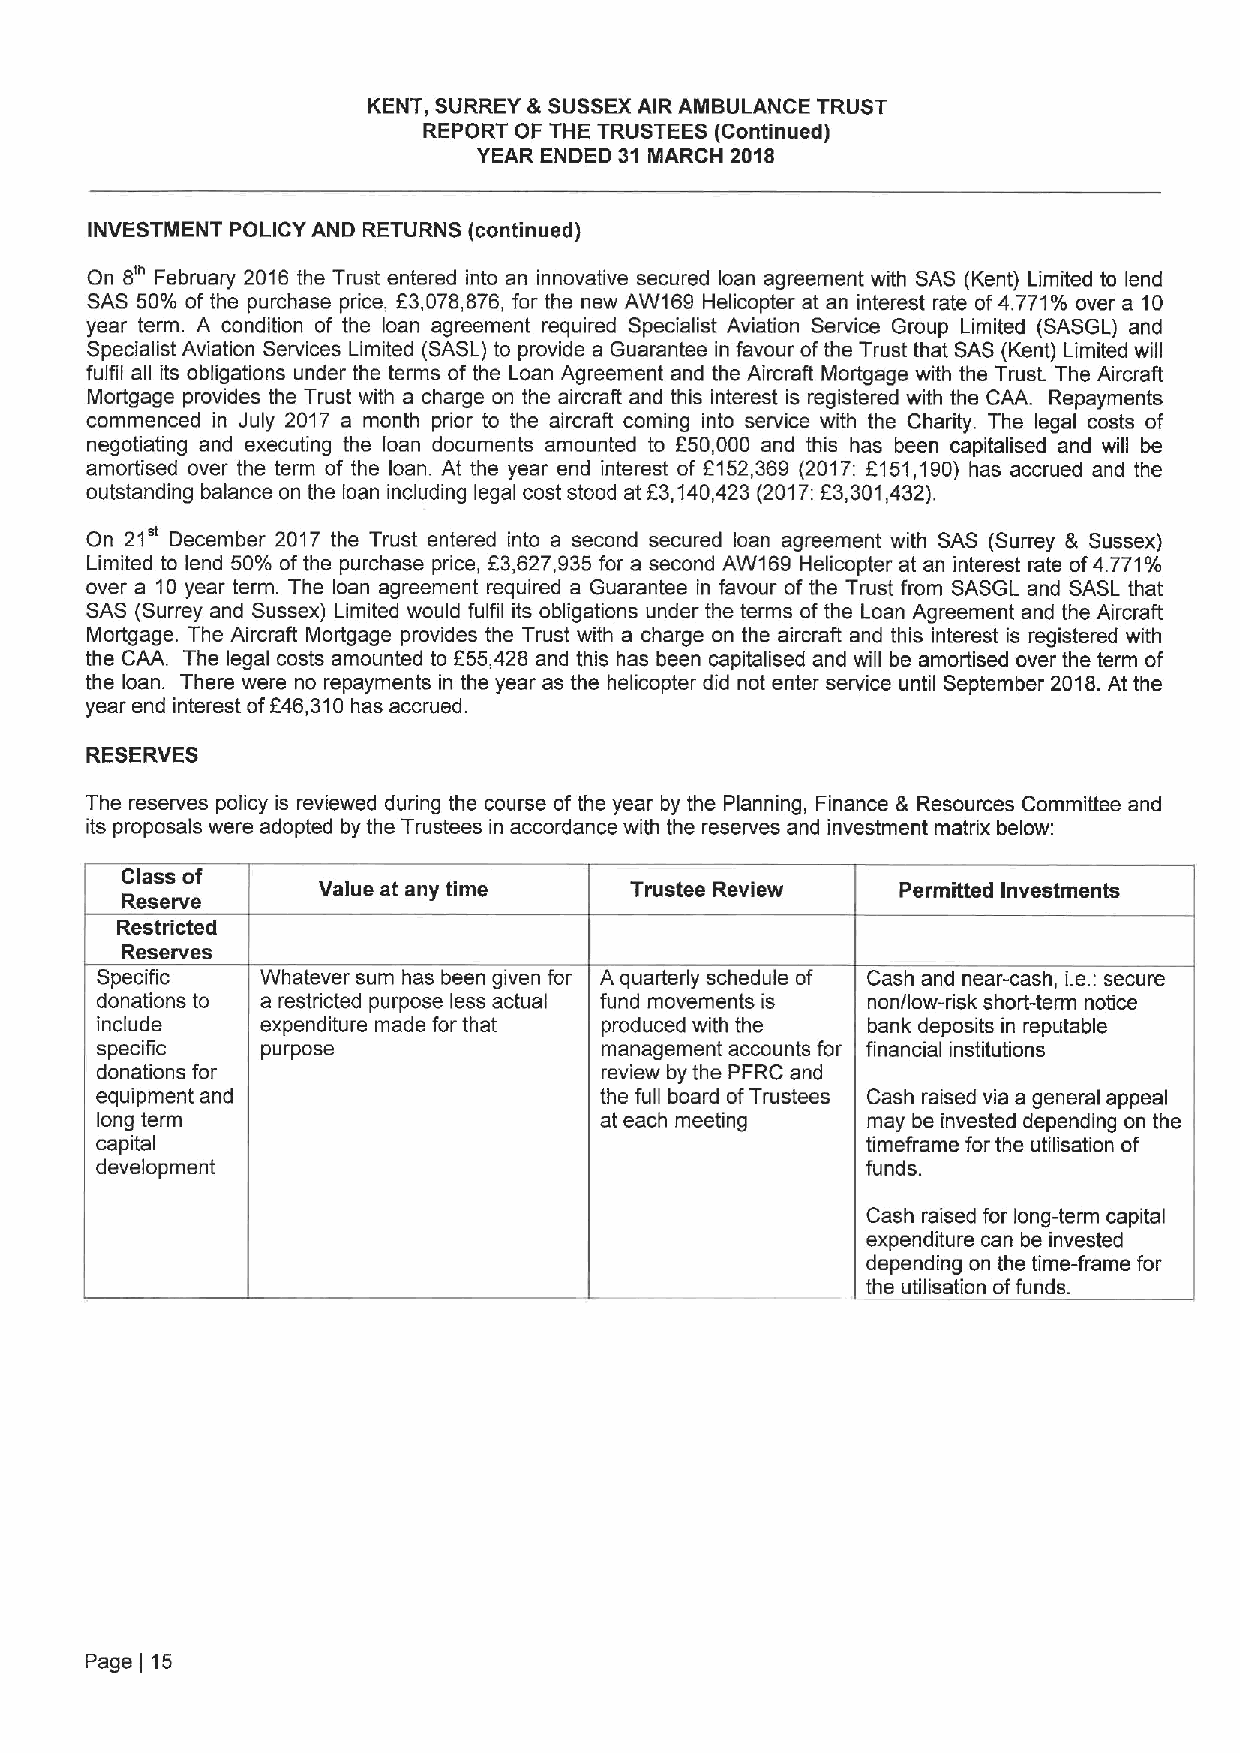
KENT, SURREY &SUSSEXAIR AMBULANCE TRUST
 REPORT OF THE TRUSTEES (Continued)
 YEAR ENDED 31 MARCH 2018
 INVESTMENT POLICY AND RETURNS (continued)
 8'"
 On  February 2016 the Trust entered into an innovative secured loan agreement with SAS (Kent) Limited to lend
 SAS 50% of the purchase price, E3,078,876, for the new AW169 Helicopter at an interest rate of4.771%over a 10
 year term. A condition of the loan agreement required Specialist Aviation Service Group Limited (SASGL) and
 Specialist Aviation Services Limited (SASL) to provide a Guarantee in favour of the Trust that SAS (Kent) Limited will
 fulfil all its obligations under the terms of the Loan Agreement and the Aircraft Mortgage with the Trust. The Aircraft
 Mortgage provides the Trust with a charge on the aircraft and this interest is registered with the CAA. Repayments
 commenced in July 2017 a month prior to the aircraft coming into service with the Charity. The legal costs of
 negotiating and executing the loan documents amounted to F50,000 and this has been capitalised and will be
 amortised over the term of the loan. At the year end interest of 6152,369 (2017: 6151,190) has accrued and the
 outstanding balance on the loan including legal cost stood at 53,140,423 (2017:F3,301,432).
 On 21 December 2017 the Trust entered into a second secured loan agreement with SAS (Surrey 8, Sussex)
 Limited to lend 50% ofthe purchase price, 53,627,935for a second AW169 Helicopter at an interest rate of4.771%
 over a 10year term. The loan agreement required a Guarantee in favour of the Trust from SASGL and SASL that
 SAS (Surrey and Sussex) Limited would fulfil its obligations under the terms of the Loan Agreement and the Aircraft
 Mortgage. The Aircraft Mortgage provides the Trust with a charge on the aircraft and this interest is registered with
 the CAA. The legal costs amounted to E55,428 and this has been capitalised and will be amortised over the term of
 the loan. There were no repayments in the year as the helicopter did not enter service until September 2018.At the
 year end interest off46,310has accrued.
 RESERVES
 The reserves policy is reviewed during the course of the year by the Planning, Finance 8 Resources Committee and
 its proposals were adopted by the Trustees in accordance with the reserves and investment matrix below:
 Class of
 Value at any time    Trustee Review    Permitted Investments
 Reserve
 Restricted
 Reserves
 Specific   Whatever sum has been given for Aquarterly schedule of Cash and near-cash, i.e.:secure
 donations to a restricted purpose less actual fund movements is non/low-risk short-term notice
 include    expenditure made for that produced with the bank deposits in reputable
 specific   purpose                management accounts for financial institutions
 donations for                     review by the PFRC and
 equipment and                     the full board ofTrustees Cash raised via a general appeal
 long term                         at each meeting  may be invested depending on the
 capital                                            timeframe for the utilisation of
 development                                        funds.
 Cash raised for long-term capital
 expenditure can be invested
 depending on the time-frame for
 the utilisation offunds.
 Page 15
 ]